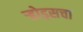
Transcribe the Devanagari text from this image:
ऱ्होड्सचा